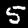
Digit: 5